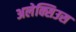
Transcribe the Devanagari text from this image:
अलेक्सिउस